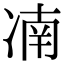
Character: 㓓